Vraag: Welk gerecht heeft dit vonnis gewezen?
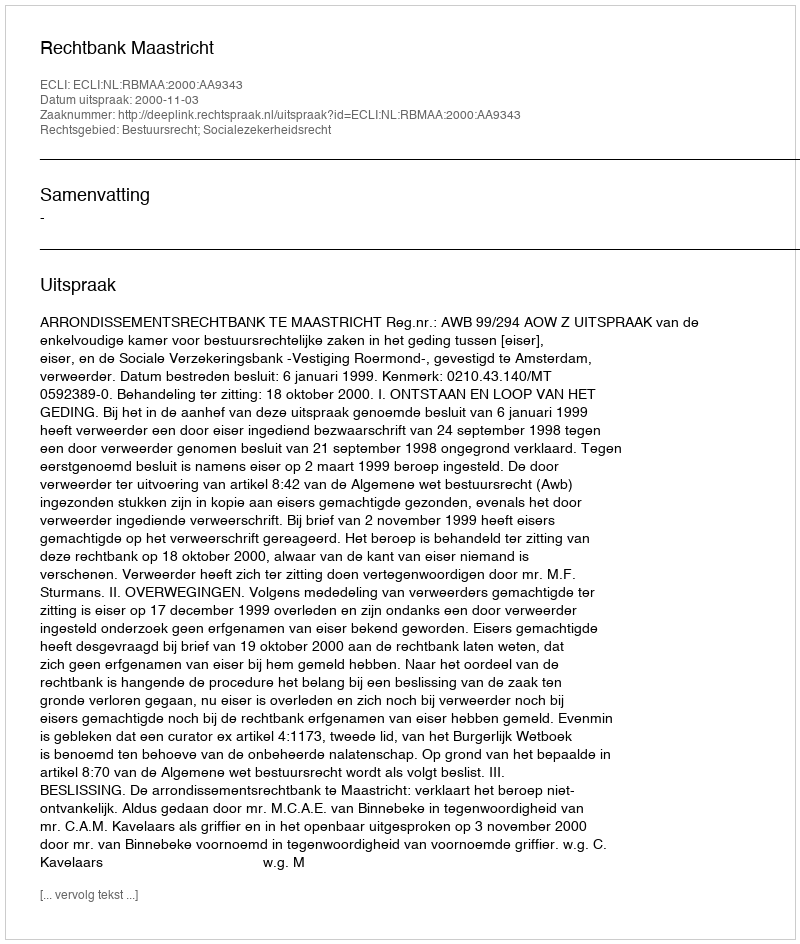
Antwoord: Rechtbank Maastricht